Annual returns of the Patna Lunatic Asylum at Bankipore in Bihar and Orissa - 1912-1924
Year: 1912
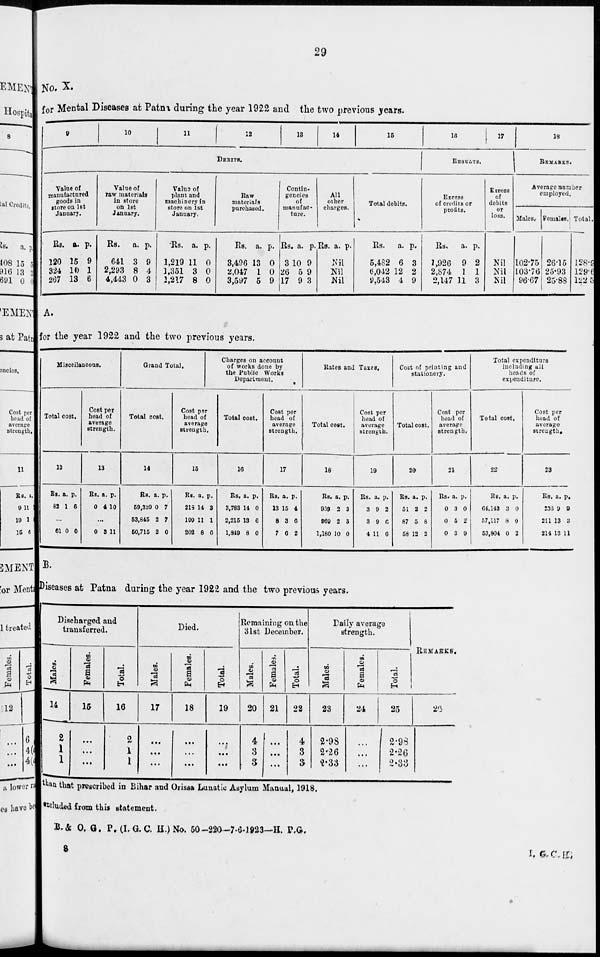
29
No. X.
for Mental Diseases at Patna during the year 1922 and the two previous years.
9
10
11
12
13
14
15
DEBITS.
Value of
manufactured
goods in
store on 1st
January.
Rs.
120
324
267
a.
15
10
13
p.
9
1
6
Value of
raw materials
in store
on 1st
January.
Rs.
641
2,293
4,443
a.
3
8
0
p.
9
4
3
Value of
plant and
machinery in
store on 1st
January.
Rs.
1,219
1,351
1,217
a.
11
3
8
p.
0
0
0
Raw
materials
purchased.
Rs.
3,496
2,047
3,597
a.
13
1
5
p.
0
0
9
Contin-
gencies
of
manufac-
ture.
Rs.
3
26
17
a.
10
5
9
p.
9
9
3
All
other
charges.
Rs. a. p.
Nil
Nil
Nil
Total debits.
Rs.
5,482
6,042
9,543
a.
6
12
4
p.
3
2
9
16
17
RESULTS.
Excess
of credits or
profits.
Rs.
1,926
2,874
2,147
a.
9
1
11
p.
2
1
3
Excess
of
debits
or
loss.
Nil
Nil
Nil
18
REMARKS.
Average number
employed.
Males.
102.75
103.76
96.67
Females.
26.15
25.93
25.88
Total.
128.9
129.6
122.5
A.
for the year 1922 and the two previous years.
Miscellaneous.
Total cost.
12
Rs.
82
a.
1
p.
6
...
61 0 0
Cost per
head of
average
strength.
13
Rs.
0
a.
4
p.
10
...
0 3 11
Grand Total.
Total cost.
14
Rs.
59,339
53,845
50,715
a.
0
2
2
p.
7
7
0
Cost per
head of
average
strength.
15
Rs.
218
199
202
a.
14
11
8
p.
3
1
6
Charges on account
of works done by
the Public Works
Department.
Total cost.
16
Rs.
3,783
2,215
1,819
a.
14
13
8
p.
0
6
0
Cost per
head of
average
strength.
17
Rs.
13
8
7
a.
15
3
6
p.
4
6
2
Rates and Taxes.
Total cost.
18
Rs.
939
969
1,180
a.
2
2
10
p.
3
3
0
Cost per
head of
average
strength.
19
Rs.
3
3
4
a.
9
9
11
p.
2
6
6
Cost of printing and
stationery.
Total cost.
20
Rs.
51
87
58
a.
2
5
12
p.
2
8
2
Cost per
head of
average
strength.
21
Rs.
0
0
0
a.
3
5
3
p.
0
2
9
Total expenditure
including all
heads of
expenditure.
Total cost.
22
Rs.
64,143
57,117
53,804
a.
3
8
0
p.
0
0
2
Cost per
head of
average
strength.
23
Rs.
236
211
214
a.
9
13
13
p.
9
3
11
B.
Diseases at Patna during the year 1922 and the two previous years.
Discharged and
transferred.
Males.
14
2
1
1
Females.
15
...
...
...
Total.
16
2
1
1
Died.
Males.
17
...
...
...
Females.
18
...
...
...
Total.
19
...
...
...
Remaining on the
31st December.
Males.
20
4
3
3
Females.
21
...
...
...
Total.
22
4
3
3
Daily average
strength.
Males.
23
2.98
2.26
2.33
Females.
24
...
...
...
Total.
25
2.98
2.26
2.33
REMARKS.
26
than that prescribed in Bihar and Orissa Lunatic Asylum Manual, 1918.
excluded from this statement.
B. & O. G. P. (I.G.C. H.) No. 50-220-7-6-1923—H. P. G.
8
I. G. C. H.